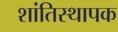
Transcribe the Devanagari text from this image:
शांतिस्थापक